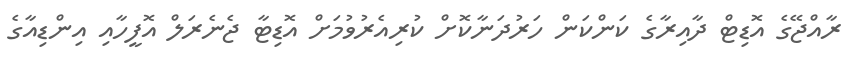
ރާއްޖޭގެ އޮޑިޓް ދާއިރާގެ ކަންކަން ހަރުދަނާކޮށް ކުރިއެރުވުމަށް އޮޑިޓާ ޖެނެރަލް އޮފީހާއި އިންޑިއާގެ